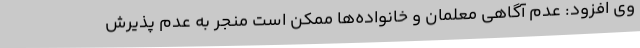
وی افزود: عدم آگاهی معلمان و خانواده‌ها ممکن است منجر به عدم پذیرش